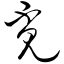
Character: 觅